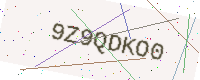
Text: 9Z9QDKO0